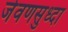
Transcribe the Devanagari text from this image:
जेवणसुध्दा